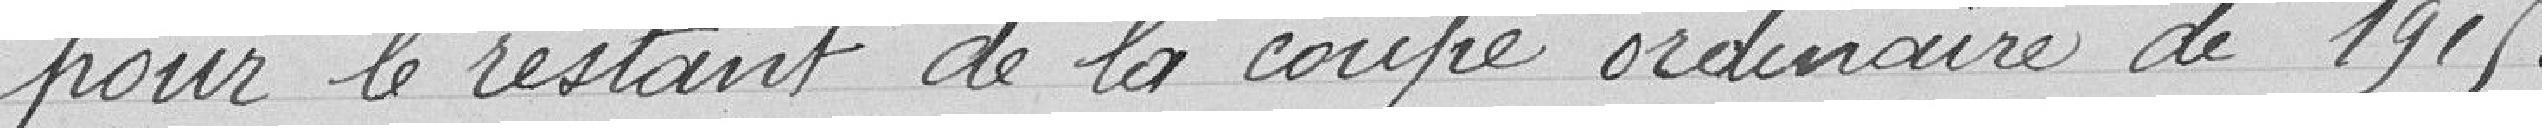
pour le restant de la coupe ordinaire de 1915.